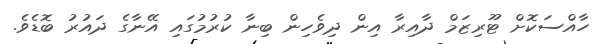
ހާއްސަކޮށް ޓޫރިޒަމް ދާއިރާ އިން ދިވެހިން ބިނާ ކުރުމުގައި އޭނާގެ ދައުރު ބޮޑެވެ.